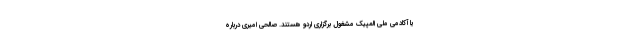
یا آکادمی ملی المپیک مشغول برگزاری اردو هستند. صالحی امیری درباره